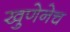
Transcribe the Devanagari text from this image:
खुणेनेच